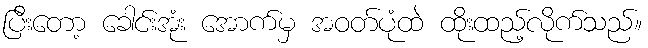
ပြီးတော့ ခေါင်းအုံး အောက်မှ အဝတ်ပုံထဲ ထိုးထည့်လိုက်သည်။